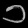
Digit: ၁